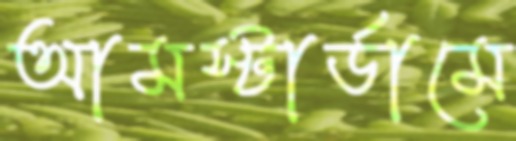
আমস্টার্ডামে